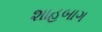
શાહબાગ